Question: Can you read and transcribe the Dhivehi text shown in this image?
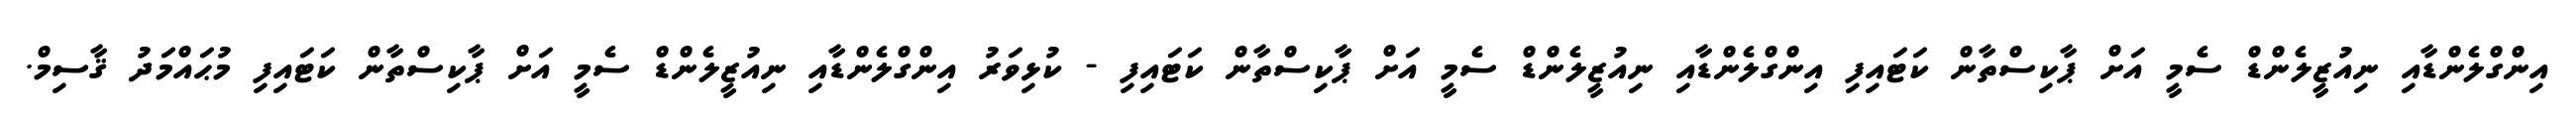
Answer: އިންގްލެންޑާއި ނިއުޒީލެންޑް ސެމީ އަށް ޕާކިސްތާން ކަޓައިފި އިންގްލެންޑާއި ނިއުޒީލެންޑް ސެމީ އަށް ޕާކިސްތާން ކަޓައިފި - ކުޅިވަރު އިންގްލެންޑާއި ނިއުޒީލެންޑް ސެމީ އަށް ޕާކިސްތާން ކަޓައިފި މުޙައްމަދު ޤާސިމް.